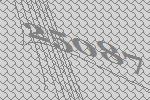
25087